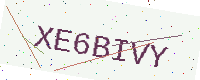
Text: XE6BIVY